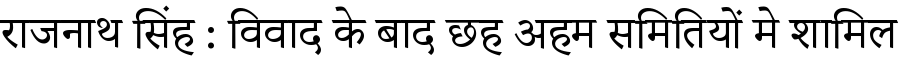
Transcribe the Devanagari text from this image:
राजनाथ सिंह : विवाद के बाद छह अहम समितियों मे शामिल